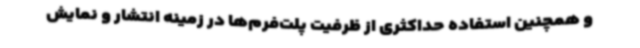
و همچنین استفاده حداکثری از ظرفیت پلت‌فرم‌ها در زمینه انتشار و نمایش